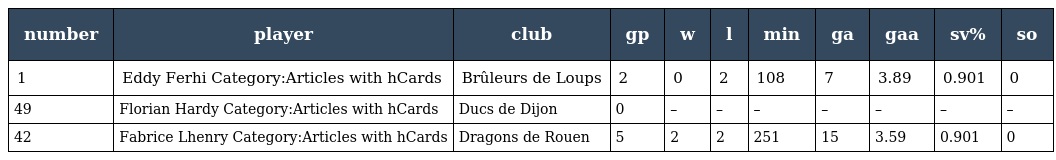
| number | player | club | gp | w | l | min | ga | gaa | sv% | so |
 | --- | --- | --- | --- | --- | --- | --- | --- | --- | --- | --- |
 | 1 | Eddy Ferhi Category:Articles with hCards | Brûleurs de Loups | 2 | 0 | 2 | 108 | 7 | 3.89 | 0.901 | 0 |
 | 49 | Florian Hardy Category:Articles with hCards | Ducs de Dijon | 0 | – | – | – | – | – | – | – |
 | 42 | Fabrice Lhenry Category:Articles with hCards | Dragons de Rouen | 5 | 2 | 2 | 251 | 15 | 3.59 | 0.901 | 0 |